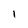
Character: l